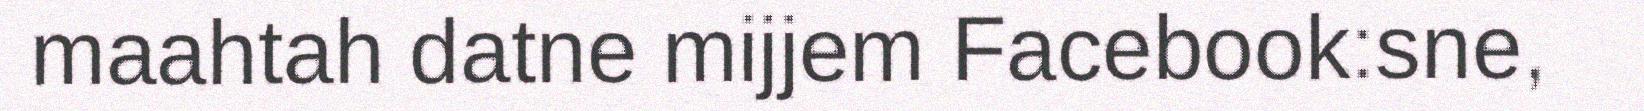
maahtah datne mijjem Facebook:sne,